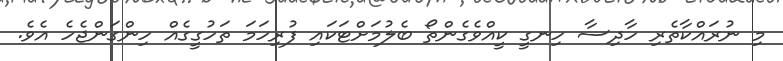
މި ނުރައްކާތެރި ހާދިސާ ހިނގީ ކީއްވެގެންތޯ ބެލުމަށްޓަކައި ފުރިހަމަ ތަހުގީގެއް ހިންގަންޖެހެ އެވެ.